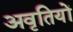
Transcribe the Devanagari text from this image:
अवृतियों